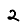
Digit: 2